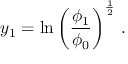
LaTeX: y _ { 1 } = \ln \left( { { \frac { \phi _ { 1 } } { \phi _ { 0 } } } } \right) ^ { \frac { 1 } { 2 } } \, .